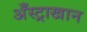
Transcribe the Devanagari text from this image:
अँस्ट्राखान